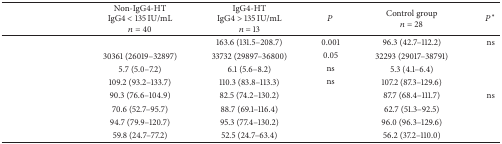
<table><thead><tr><td>[EMPTY_CELL]</td><td><b>Non-IgG4-HTIgG4 &lt; 135 IU/mL <i>n</i> = 40</b></td><td><b>IgG4-HTIgG4 &gt; 135 IU/mL <i>n</i> = 13</b></td><td><b><i>P</i></b></td><td><b>Control group<i>n</i> = 28 </b></td><td><b><i>P</i><sup>*</sup></b></td></tr></thead><tbody><tr><td>[EMPTY_CELL]</td><td>[EMPTY_CELL]</td><td>163.6 (131.5–208.7)</td><td>0.001</td><td>96.3 (42.7–112.2)</td><td>ns</td></tr><tr><td>[EMPTY_CELL]</td><td>30361 (26019–32897)</td><td>33732 (29897–36800)</td><td>0.05</td><td>32293 (29017–38791)</td><td>[EMPTY_CELL]</td></tr><tr><td>[EMPTY_CELL]</td><td>5.7 (5.0–7.2)</td><td>6.1 (5.6–8.2)</td><td>ns</td><td>5.3 (4.1–6.4)</td><td>[EMPTY_CELL]</td></tr><tr><td>[EMPTY_CELL]</td><td>109.2 (93.2–133.7)</td><td>110.3 (83.8–113.3)</td><td>ns</td><td>107.2 (87.3–129.6)</td><td>[EMPTY_CELL]</td></tr><tr><td>[EMPTY_CELL]</td><td>90.3 (76.6–104.9)</td><td>82.5 (74.2–130.2)</td><td>[EMPTY_CELL]</td><td>87.7 (68.4–111.7)</td><td>ns</td></tr><tr><td>[EMPTY_CELL]</td><td>70.6 (52.7–95.7)</td><td>88.7 (69.1–116.4)</td><td>[EMPTY_CELL]</td><td>62.7 (51.3–92.5)</td><td>[EMPTY_CELL]</td></tr><tr><td>[EMPTY_CELL]</td><td>94.7 (79.9–120.7)</td><td>95.3 (77.4–130.2)</td><td>[EMPTY_CELL]</td><td>96.0 (96.3–129.6)</td><td>[EMPTY_CELL]</td></tr><tr><td>[EMPTY_CELL]</td><td>59.8 (24.7–77.2)</td><td>52.5 (24.7–63.4)</td><td>[EMPTY_CELL]</td><td>56.2 (37.2–110.0)</td><td>[EMPTY_CELL]</td></tr></tbody></table>